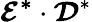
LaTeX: \boldsymbol{\mathcal{E}^{*}}\cdot\boldsymbol{\mathcal{D}}^{*}